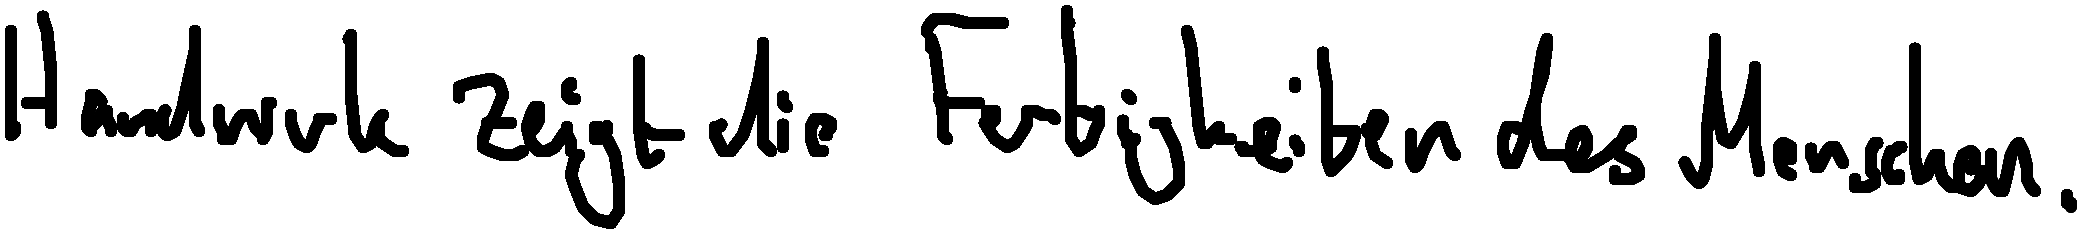
Handwerk zeigt die Fertigkeiten des Menschen.